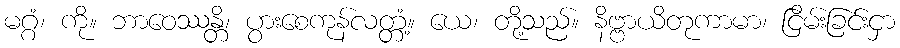
မဂ္ဂံ၊ ကို။ ဘာဝေဿန္တိ၊ ပွားစေကုန်လတ္တံ့။ ယေ၊ တို့သည်။ နိဗ္ဗာယိတုကာမာ၊ ငြိမ်းခြင်းငှာ